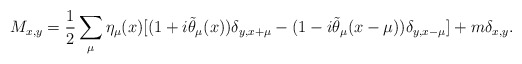
\begin{align*}M_{x,y}=\frac{1}{2}\sum_{\mu}\eta_{\mu}(x)[(1+i\tilde{\theta}_{\mu}(x))\delta_{y,x+\mu} -(1-i\tilde{\theta}_{\mu}(x-\mu))\delta_{y,x-\mu}]+m\delta_{x,y}.\end{align*}